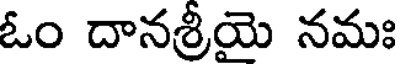
ఓం దానశ్రీయై నమః